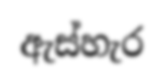
ඇස්හැර